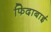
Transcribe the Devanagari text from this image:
फिदाबाई